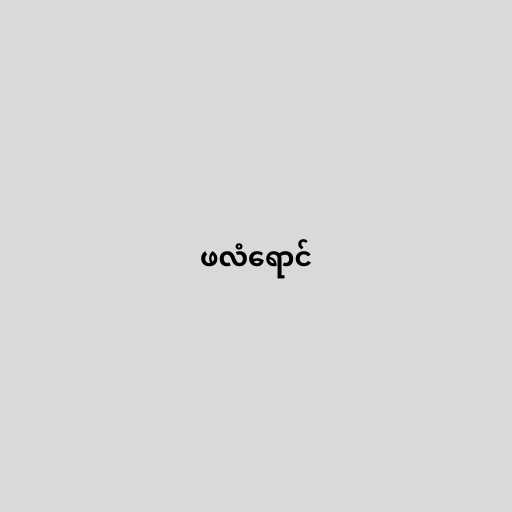
ဖလံရောင်